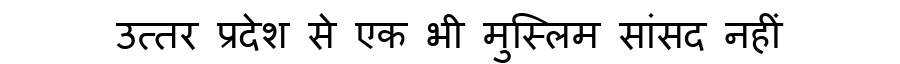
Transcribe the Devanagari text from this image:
उत्तर प्रदेश से एक भी मुस्लिम सांसद नहीं